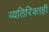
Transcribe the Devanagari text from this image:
व्यतिरिक्तही